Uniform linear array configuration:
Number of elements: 16
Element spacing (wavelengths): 1
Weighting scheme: uniform
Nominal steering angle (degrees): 45
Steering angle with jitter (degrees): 43.514
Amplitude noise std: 0.05
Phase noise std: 0.05

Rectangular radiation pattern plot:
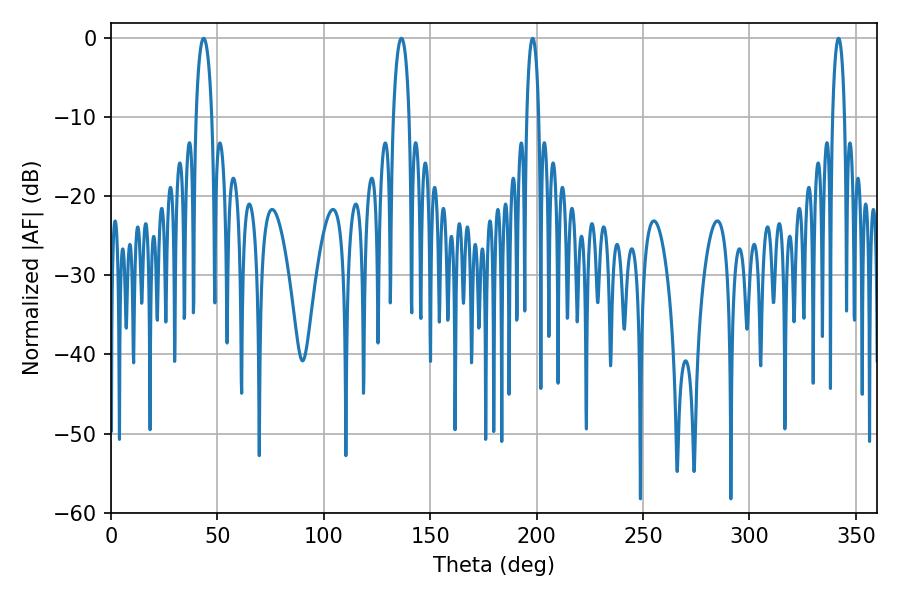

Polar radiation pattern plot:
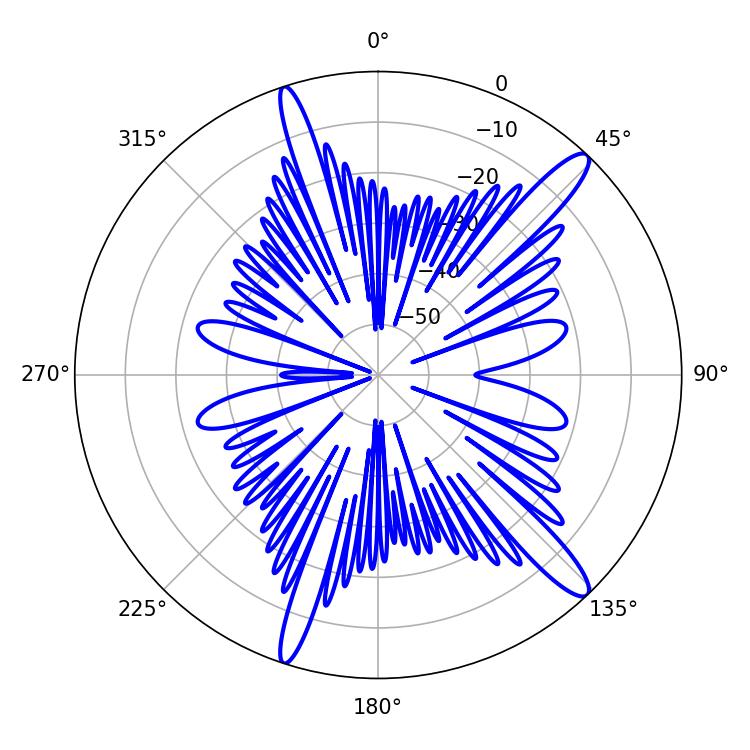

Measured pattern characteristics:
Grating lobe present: TRUE
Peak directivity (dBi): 14.164
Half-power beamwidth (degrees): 4.32
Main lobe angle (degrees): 43.56